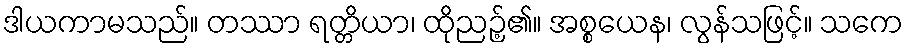
ဒါယကာမသည်။ တဿာ ရတ္တိယာ၊ ထိုညဉ့်၏။ အစ္စယေန၊ လွန်သဖြင့်။ သကေ